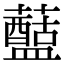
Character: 𧃗